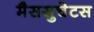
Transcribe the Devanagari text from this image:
मैससुचेटस